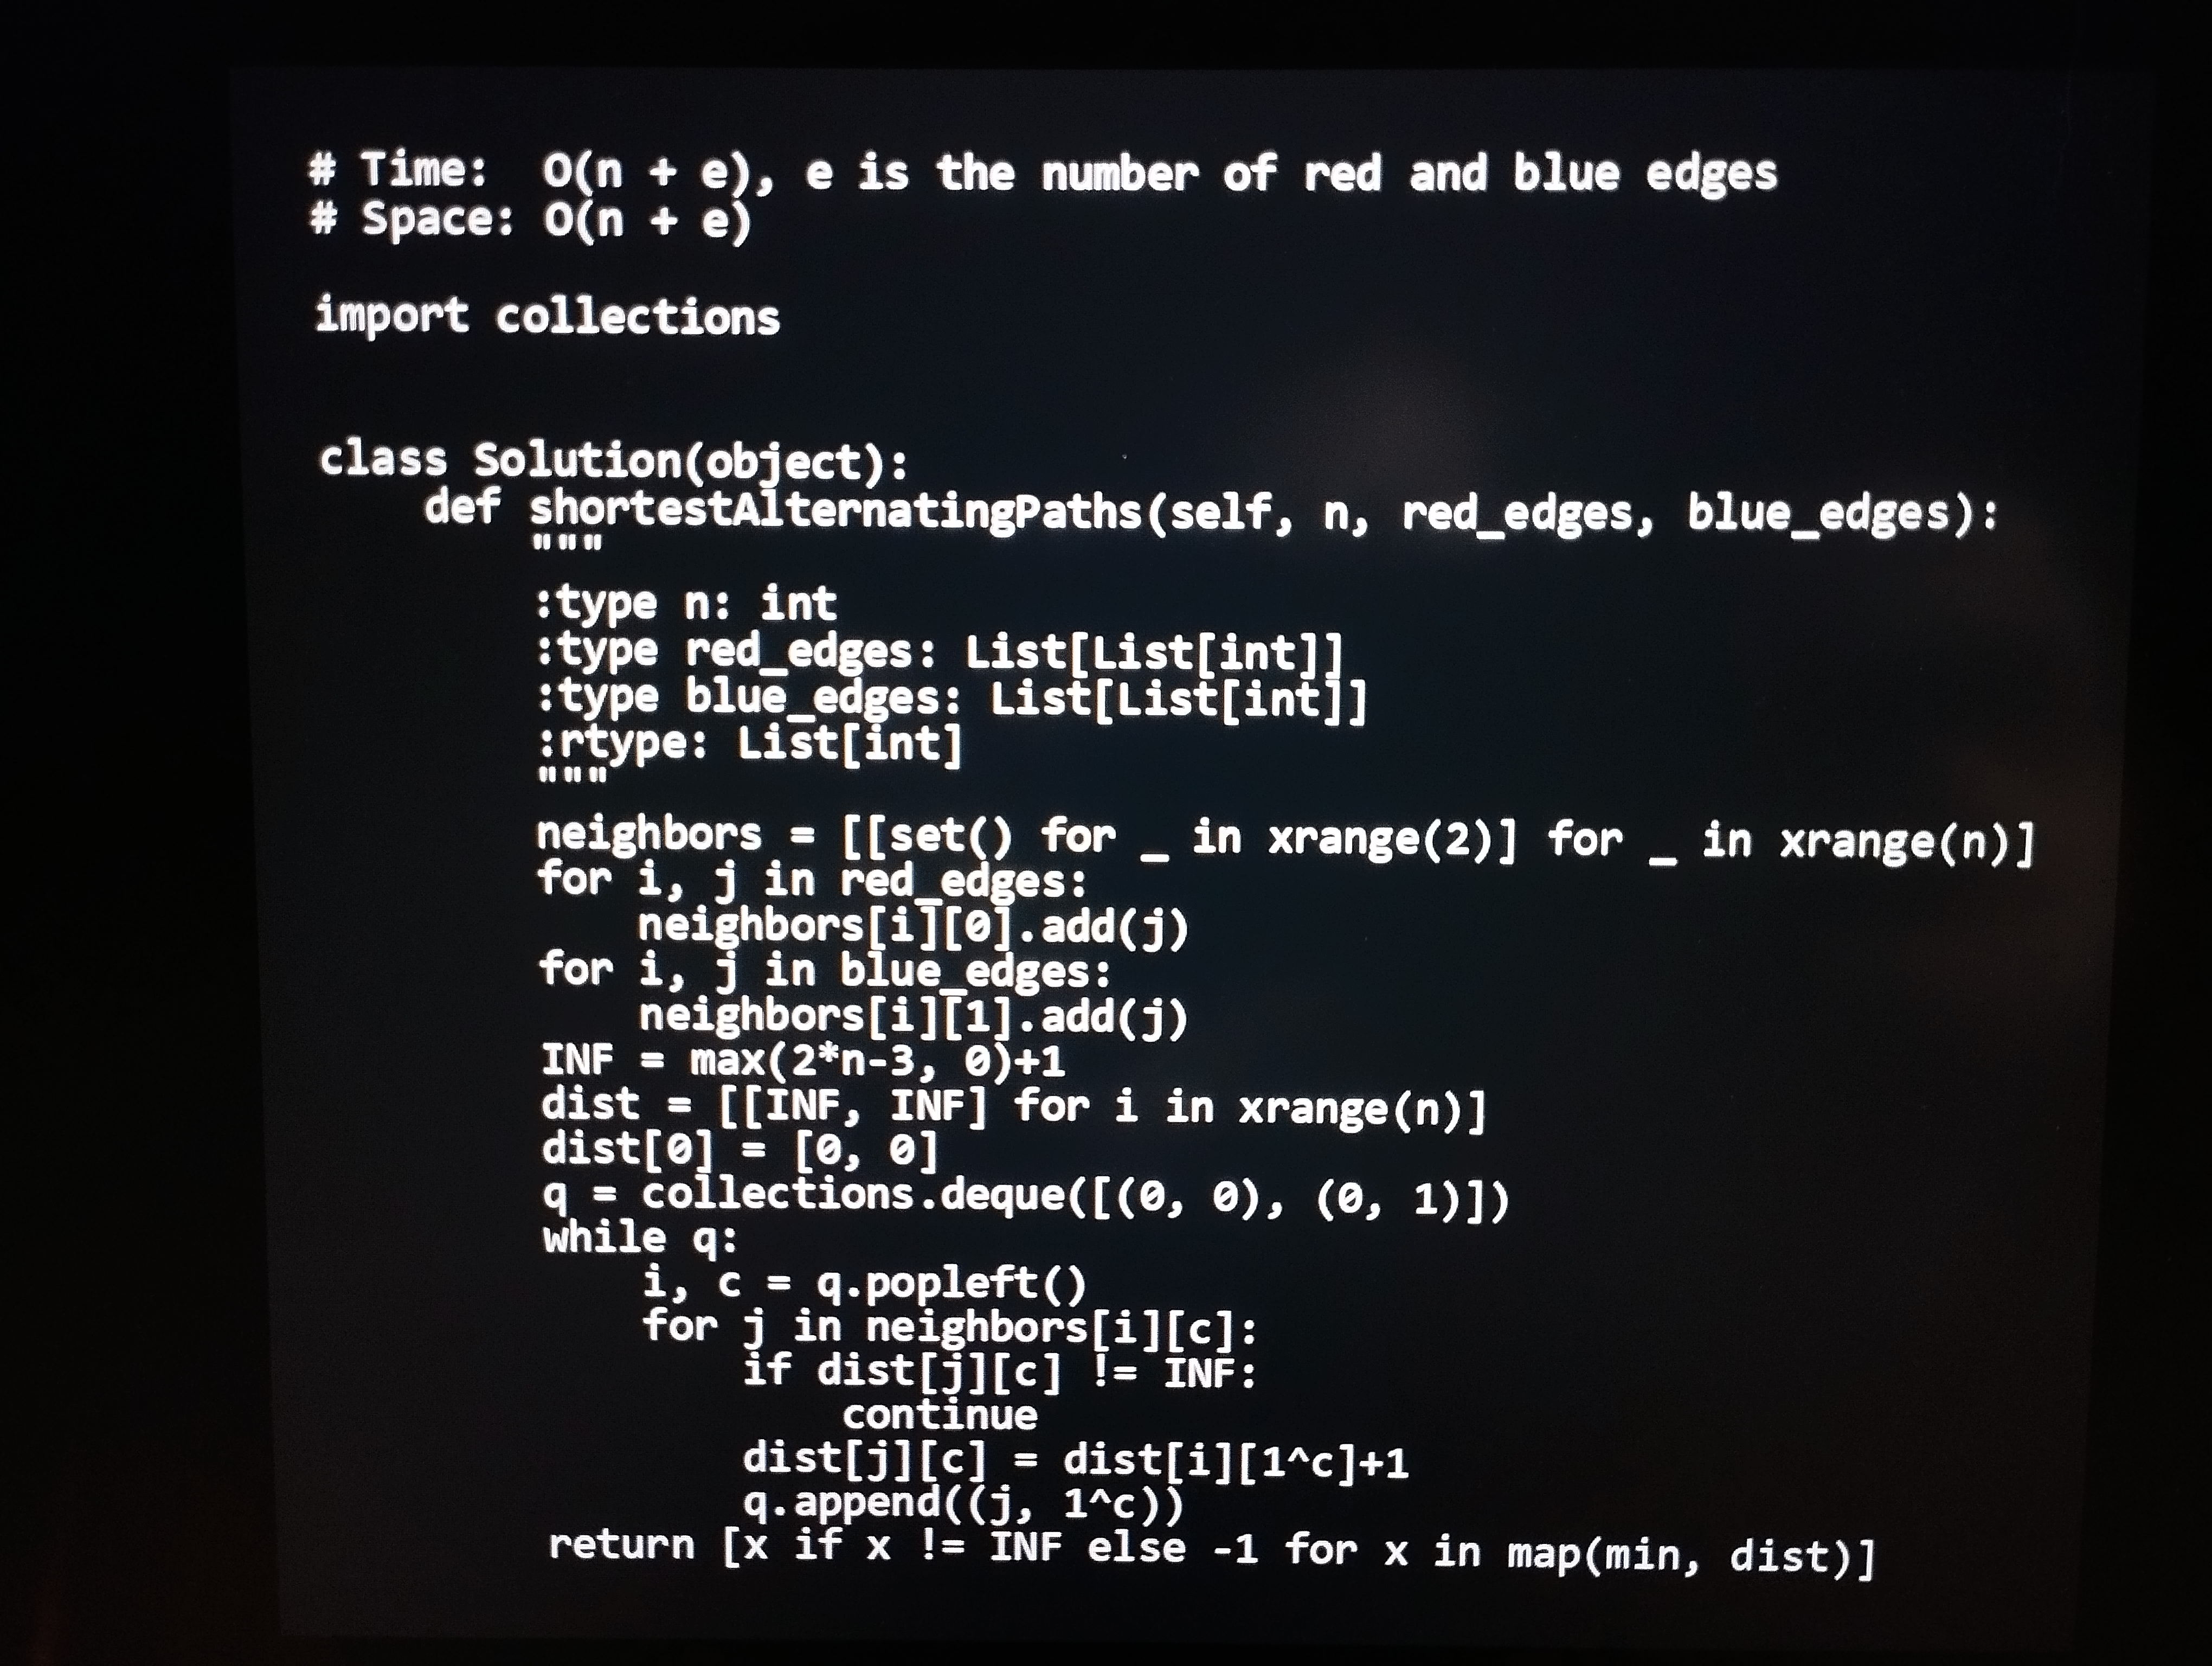
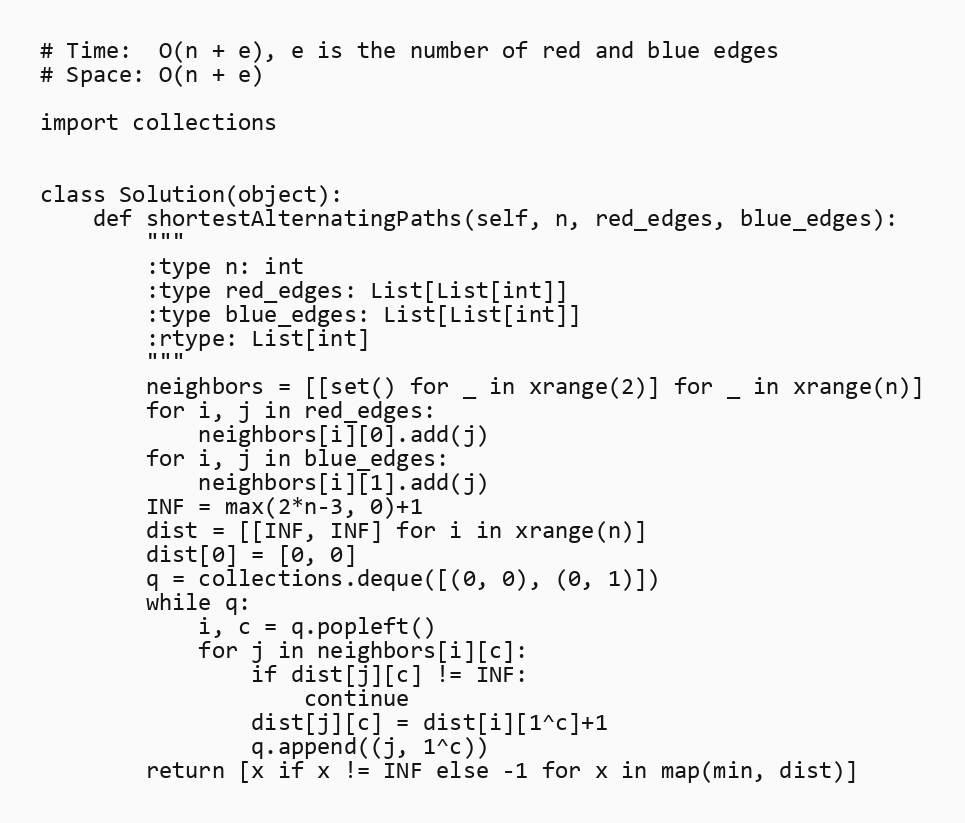
# Time:  O(n + e), e is the number of red and blue edges
# Space: O(n + e)

import collections

class Solution(object):
    def shortestAlternatingPaths(self, n, red_edges, blue_edges):
        """
        :type n: int
        :type red_edges: List[List[int]]
        :type blue_edges: List[List[int]]
        :rtype: List[int]
        """
        neighbors = [[set() for _ in xrange(2)] for _ in xrange(n)]
        for i, j in red_edges:
            neighbors[i][0].add(j)
        for i, j in blue_edges:
            neighbors[i][1].add(j)
        INF = max(2*n-3, 0)+1
        dist = [[INF, INF] for i in xrange(n)]
        dist[0] = [0, 0]
        q = collections.deque([(0, 0), (0, 1)])
        while q:
            i, c = q.popleft()
            for j in neighbors[i][c]:
                if dist[j][c] != INF:
                    continue
                dist[j][c] = dist[i][1^c]+1
                q.append((j, 1^c))
        return [x if x != INF else -1 for x in map(min, dist)]